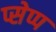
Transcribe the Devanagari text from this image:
प्सेप्प